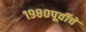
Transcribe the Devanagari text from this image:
१९८०पूर्वीचे